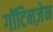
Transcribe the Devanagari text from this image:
गॉटिनज़ेन